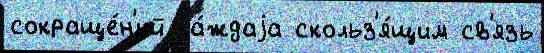
сокраще́н'ий ка́ждаjа скольз'я́щим св'язь